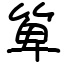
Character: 箄